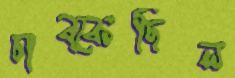
চাব্‌কেছিল